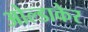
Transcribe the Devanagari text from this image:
ओल्डाकेर